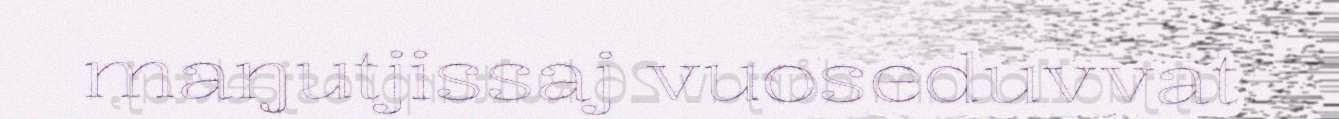
maŋutjissaj vuoseduvvat